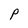
Character: P